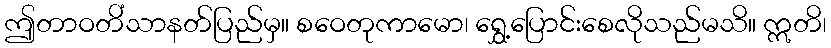
ဤတာဝတိံသာနတ်ပြည်မှ။ စဝေတုကာမော၊ ရွှေ့ပြောင်းစေလိုသည်မသိ။ ဣတိ၊